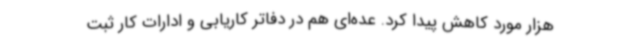
هزار مورد کاهش پیدا کرد. عده‌ای هم در دفاتر کاریابی و ادارات کار ثبت